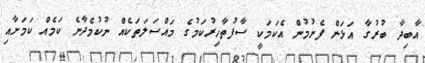
އާބިދާ ބުރުގާ އަޅަން ފެށުމުން އެކަމަކީ ސާފުތާހިރުކަމުގެ މައްސަލަތަކެއް ނުކުމެދާނެ ކަމެއް ކަމަށާއި